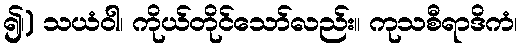
၍၊) သယံဝါ၊ ကိုယ်တိုင်သော်လည်း။ ကုသစီရာဒိကံ၊